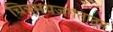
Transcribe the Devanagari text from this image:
चित्रमयजगतातून